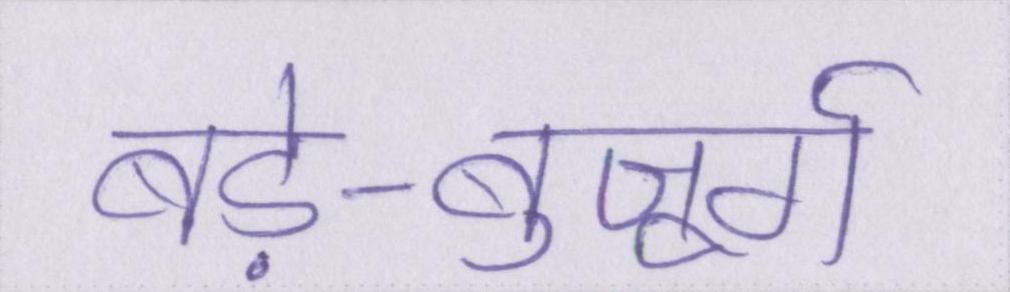
बड़े-बुजूर्ग